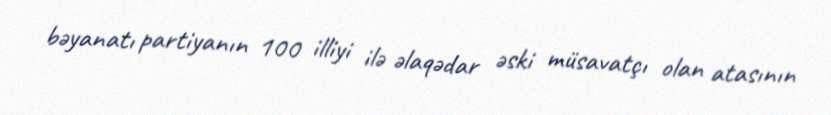
bəyanatı partiyanın 100 illiyi ilə əlaqədar əski müsavatçı olan atasının